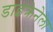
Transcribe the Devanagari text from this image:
डाइक्रेनेला